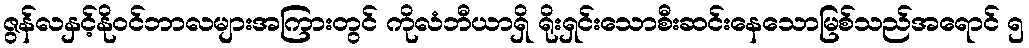
ဇွန်လနှင့်နိုဝင်ဘာလများအကြားတွင် ကိုလံဘီယာရှိ ရိုးရှင်းသောစီးဆင်းနေသောမြစ်သည်အရောင် ၅